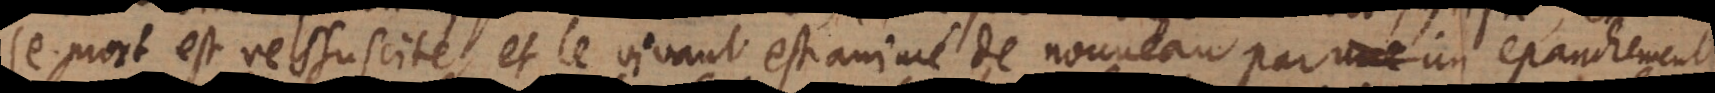
mort est ressuscité, et le vivant est animé de nouveau par un epanchement